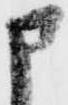
申